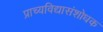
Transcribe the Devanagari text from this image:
प्राच्यविद्यासंशोधक